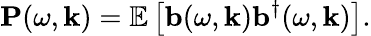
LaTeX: \mathbf{P}(\omega,\mathbf{k})=\mathbb{E}\left[\mathbf{b}(\omega,\mathbf{k})\mathbf{b}^{\dagger}(\omega,\mathbf{k})\right].